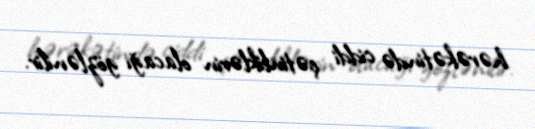
hərəkətində ciddi çətinliklərin olacağı gözlənilir.